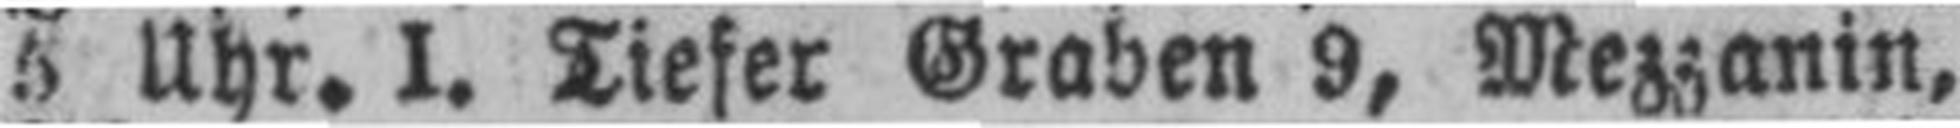
5 Uhr. I. Tiefer Graben 9, Mezzanin,